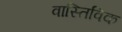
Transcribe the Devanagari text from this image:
वास्तिविक